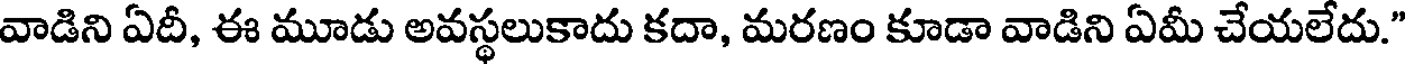
వాడిని ఏదీ, ఈ మూడు అవస్థలుకాదు కదా, మరణం కూడా వాడిని ఏమీ చేయలేదు."